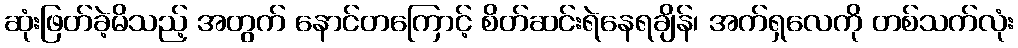
ဆုံးဖြတ်ခဲ့မိသည့် အတွက် နောင်တကြောင့် စိတ်ဆင်းရဲနေရချိန်၊ အက်ရှလေကို တစ်သက်လုံး